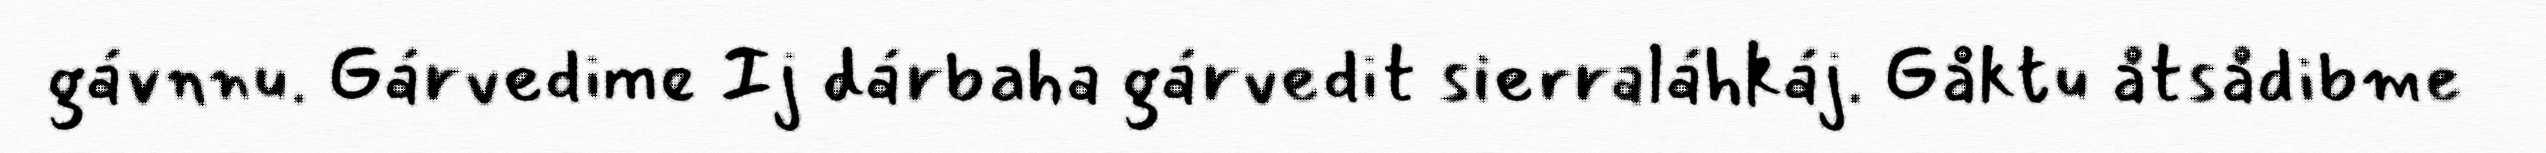
gávnnu. Gárvedime Ij dárbaha gárvedit sierraláhkáj. Gåktu åtsådibme